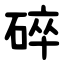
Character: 碎